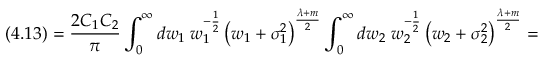
( 4 . 1 3 ) = \frac { 2 C _ { 1 } C _ { 2 } } { \pi } \int _ { 0 } ^ { \infty } d w _ { 1 } \; w _ { 1 } ^ { - \frac { 1 } { 2 } } \left( w _ { 1 } + { \sigma } _ { 1 } ^ { 2 } \right) ^ { \frac { \lambda + m } { 2 } } \int _ { 0 } ^ { \infty } d w _ { 2 } \; w _ { 2 } ^ { - \frac { 1 } { 2 } } \left( w _ { 2 } + { \sigma } _ { 2 } ^ { 2 } \right) ^ { \frac { \lambda + m } { 2 } } =